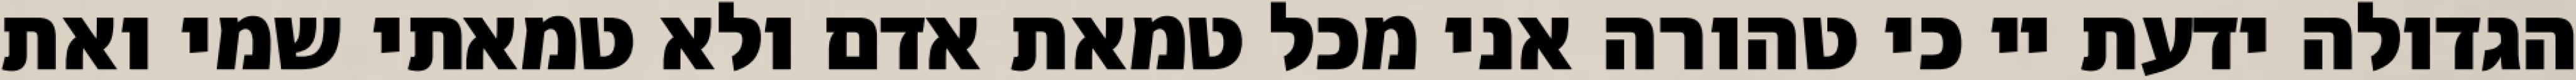
הגדולה ידעת יי כי טהורה אני מכל טמאת אדם ולא טמאתי שמי ואת